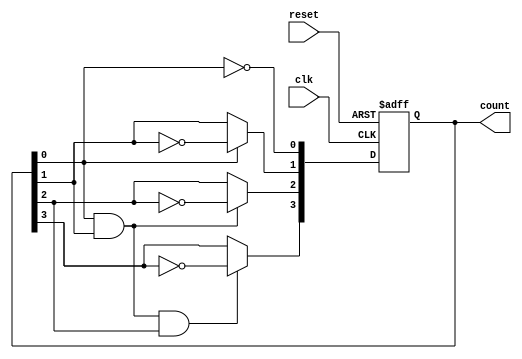
module async_ripple_counter (
    input wire clk,         // Clock input
    input wire reset,       // Asynchronous reset
    output reg [3:0] count  // 4-bit counter output
);

// Always block triggered by the clock and reset
always @(posedge clk or posedge reset) begin
    if (reset) begin
        // Reset the counter to 0
        count <= 4'b0000;
    end else begin
        // Ripple counter logic
        count[0] <= ~count[0]; // Toggle the least significant bit
        count[1] <= count[0] ? ~count[1] : count[1]; // Toggle on count[0] falling edge
        count[2] <= (count[0] & count[1]) ? ~count[2] : count[2]; // Toggle on count[1] falling edge
        count[3] <= (count[0] & count[1] & count[2]) ? ~count[3] : count[3]; // Toggle on count[2] falling edge
    end
end

endmodule